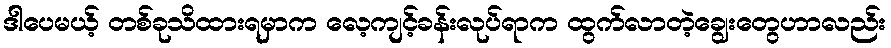
ဒါပေမယ့် တစ်ခုသိထားရမှာက လေ့ကျင့်ခန်းလုပ်ရာက ထွက်လာတဲ့ချွေးတွေဟာလည်း